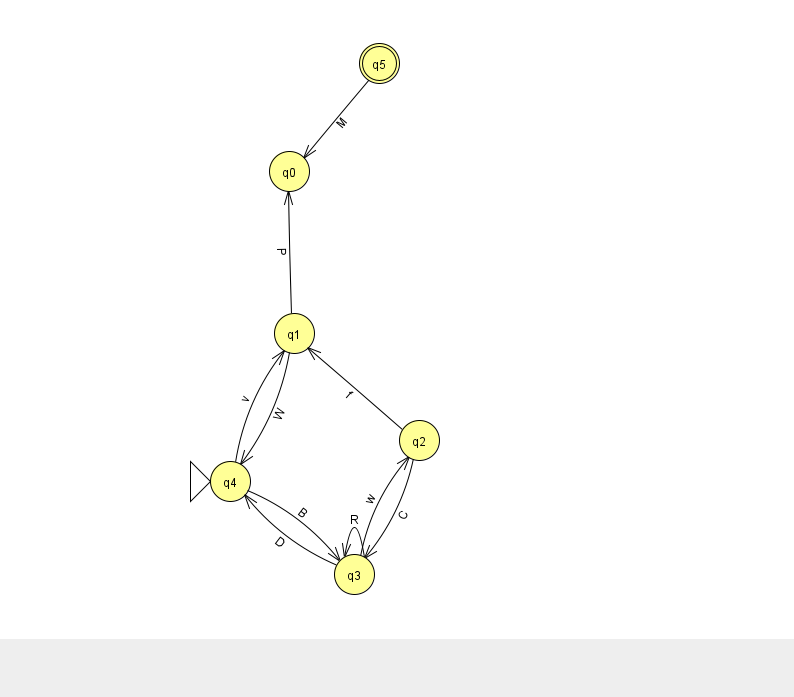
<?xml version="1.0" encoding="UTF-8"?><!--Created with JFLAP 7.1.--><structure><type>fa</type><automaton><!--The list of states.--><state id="0" name="q0"><x>289.0</x><y>158.0</y></state><state id="1" name="q1"><x>294.0</x><y>320.0</y></state><state id="2" name="q2"><x>419.0</x><y>427.0</y></state><state id="3" name="q3"><x>354.0</x><y>561.0</y></state><state id="4" name="q4"><x>230.0</x><y>468.0</y><initial/></state><state id="5" name="q5"><x>379.0</x><y>50.0</y><final/></state><!--The list of transitions.--><transition><from>3</from><to>3</to><read>R</read></transition><transition><from>5</from><to>0</to><read>M</read></transition><transition><from>3</from><to>2</to><read>w</read></transition><transition><from>1</from><to>0</to><read>P</read></transition><transition><from>3</from><to>4</to><read>D</read></transition><transition><from>2</from><to>3</to><read>C</read></transition><transition><from>4</from><to>3</to><read>B</read></transition><transition><from>1</from><to>4</to><read>W</read></transition><transition><from>2</from><to>1</to><read>f</read></transition><transition><from>4</from><to>1</to><read>v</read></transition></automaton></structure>